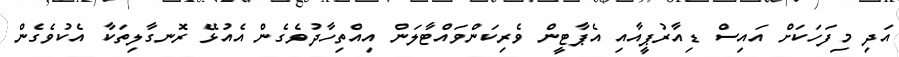
އަދި މިފަހަކަށް އައިސް ޑިއާރުޕީއާއި އެޕާޓީން ވެރިކަންވައްޓާލަން އިއްތިހާދުވެގެން އެއުޅޭ ރޮނގާލިތަކާ އެކުވެގެން